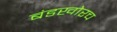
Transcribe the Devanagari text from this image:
बंडखोरच